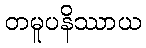
တမူပနိဿာယ